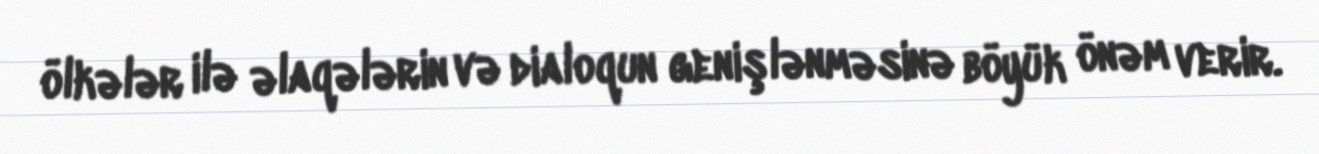
ölkələr ilə əlaqələrin və dialoqun genişlənməsinə böyük önəm verir.